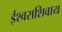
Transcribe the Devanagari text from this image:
ईश्वराशिवाय